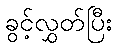
ခွင့်လွှတ်ပြီး